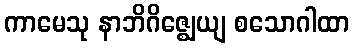
ကာမေသု နာဘိဂိဇ္ဈေယျ စသောဂါထာ